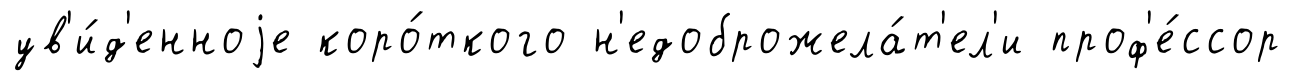
ув'и́д'енноjе коро́ткого н'едоброжела́т'ел'и проф'е́ссор